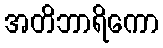
အတိဘာရိကော